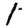
Digit: 1